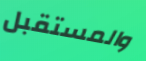
والمستقبل